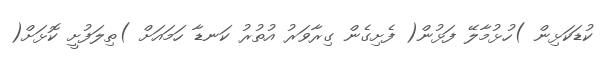
ކުޑަކަޅިން )ހުޅުމާލޭ ފަޅުން( ފެށިގެން ގިރާވަރު އުތުރު ކަނޑާ ހަމައަށް )ތިލަފުށީ ކޮޅަށް(